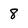
Character: 8